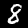
Digit: 8